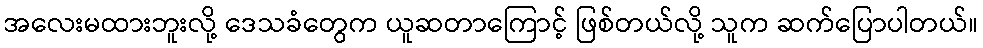
အလေးမထားဘူးလို့ ဒေသခံတွေက ယူဆတာကြောင့် ဖြစ်တယ်လို့ သူက ဆက်ပြောပါတယ်။